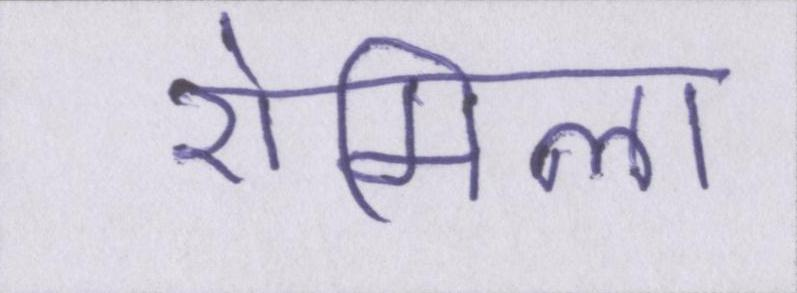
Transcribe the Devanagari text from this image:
रोमिला